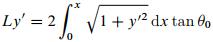
\[
L y^{\prime}=2 \int_{0}^{x} \sqrt{1+y^{\prime 2}} \mathrm{d} x \tan \theta_{0}
\]